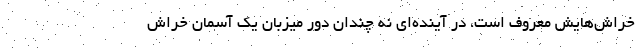
خراش‌هایش معروف است، در آینده‌ای نه چندان دور میزبان یک آسمان خراش